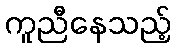
ကူညီနေသည့်